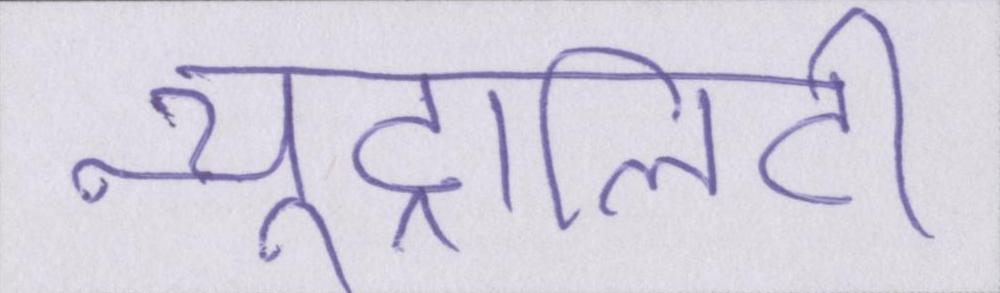
न्यूट्रालिटी